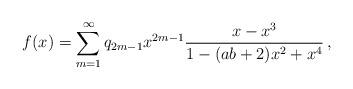
LaTeX: \begin{align*}f(x)=\sum_{m=1}^{\infty}q_{2m-1}x^{2m-1}\dfrac{x-x^3}{1-(ab+2)x^2+x^4}\,,\end{align*}